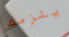
يلزمك